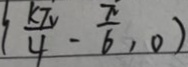
\frac { k \pi } { 4 } - \frac { \pi } { 6 } , 0 )